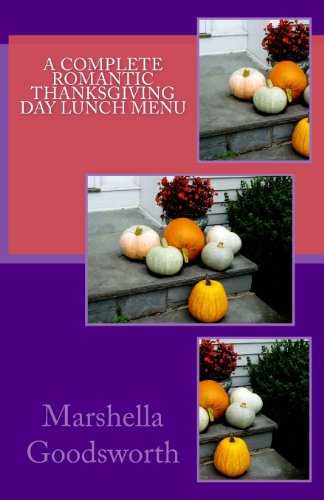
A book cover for A Complete Romantic Thanksgiving Day Lunch Menu; Marshella Goodsworth; Cookbooks, Food & Wine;